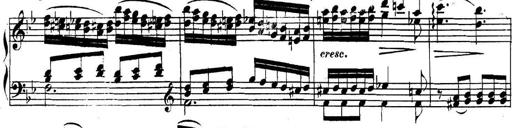
Title: Collected Piano Sonatas
Composer: Muzio Clementi